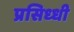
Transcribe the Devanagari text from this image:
प्रसिध्‍धी